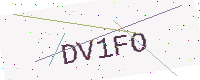
Text: DV1FO